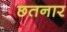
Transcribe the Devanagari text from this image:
छतनार